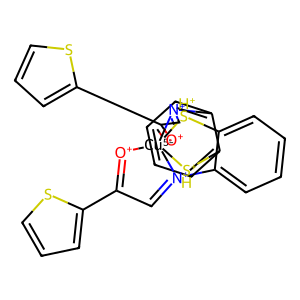
SMILES: C1=[N+]2c3ccccc3[SH+][Cu-5]234([O+]=C1c1cccs1)[O+]=C(c1cccs1)C=[N+]3c1ccccc1[SH+]4
Inhibits HIV replication: No